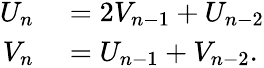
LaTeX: \begin{array}{rl}{U_{n}}&{{}=2V_{n-1}+U_{n-2}}\\ {V_{n}}&{{}=U_{n-1}+V_{n-2}.}\end{array}